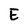
Character: E